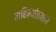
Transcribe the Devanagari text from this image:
महिन्यांप्रमाणे